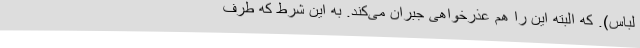
لباس). که البته این را هم عذرخواهی جبران می‌کند. به این شرط که طرف